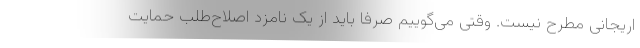
اریجانی مطرح نیست. وقتی می‌گوییم صرفا باید از یک نامزد اصلاح‌طلب حمایت